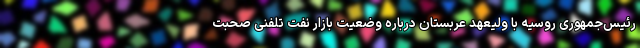
رئیس‌جمهوری روسیه با ولیعهد عربستان درباره وضعیت بازار نفت تلفنی صحبت